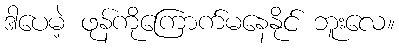
ဒါပေမဲ့ ဖုန်ကိုကြောက်မနေနိုင် ဘူးလေ။